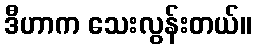
ဒီဟာက သေးလွန်းတယ်။